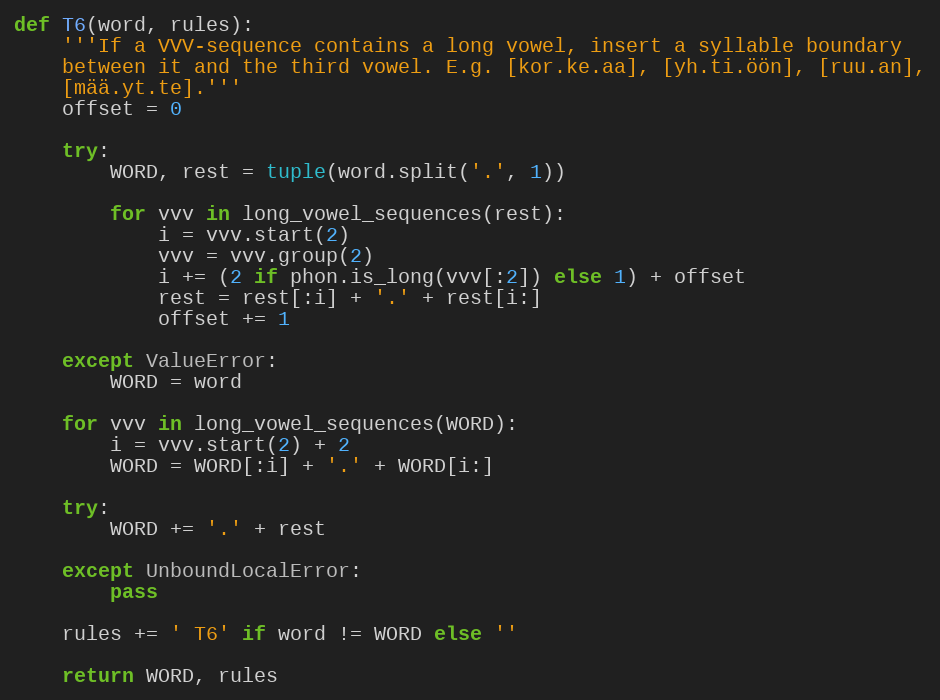
Language: Python
def T6(word, rules):
    '''If a VVV-sequence contains a long vowel, insert a syllable boundary
    between it and the third vowel. E.g. [kor.ke.aa], [yh.ti.öön], [ruu.an],
    [mää.yt.te].'''
    offset = 0

    try:
        WORD, rest = tuple(word.split('.', 1))

        for vvv in long_vowel_sequences(rest):
            i = vvv.start(2)
            vvv = vvv.group(2)
            i += (2 if phon.is_long(vvv[:2]) else 1) + offset
            rest = rest[:i] + '.' + rest[i:]
            offset += 1

    except ValueError:
        WORD = word

    for vvv in long_vowel_sequences(WORD):
        i = vvv.start(2) + 2
        WORD = WORD[:i] + '.' + WORD[i:]

    try:
        WORD += '.' + rest

    except UnboundLocalError:
        pass

    rules += ' T6' if word != WORD else ''

    return WORD, rules